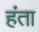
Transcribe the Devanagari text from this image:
हंता